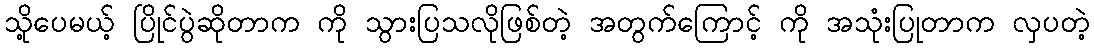
သို့ပေမယ့် ပြိုင်ပွဲဆိုတာက ကို သွားပြသလိုဖြစ်တဲ့ အတွက်ကြောင့် ကို အသုံးပြုတာက လှပတဲ့